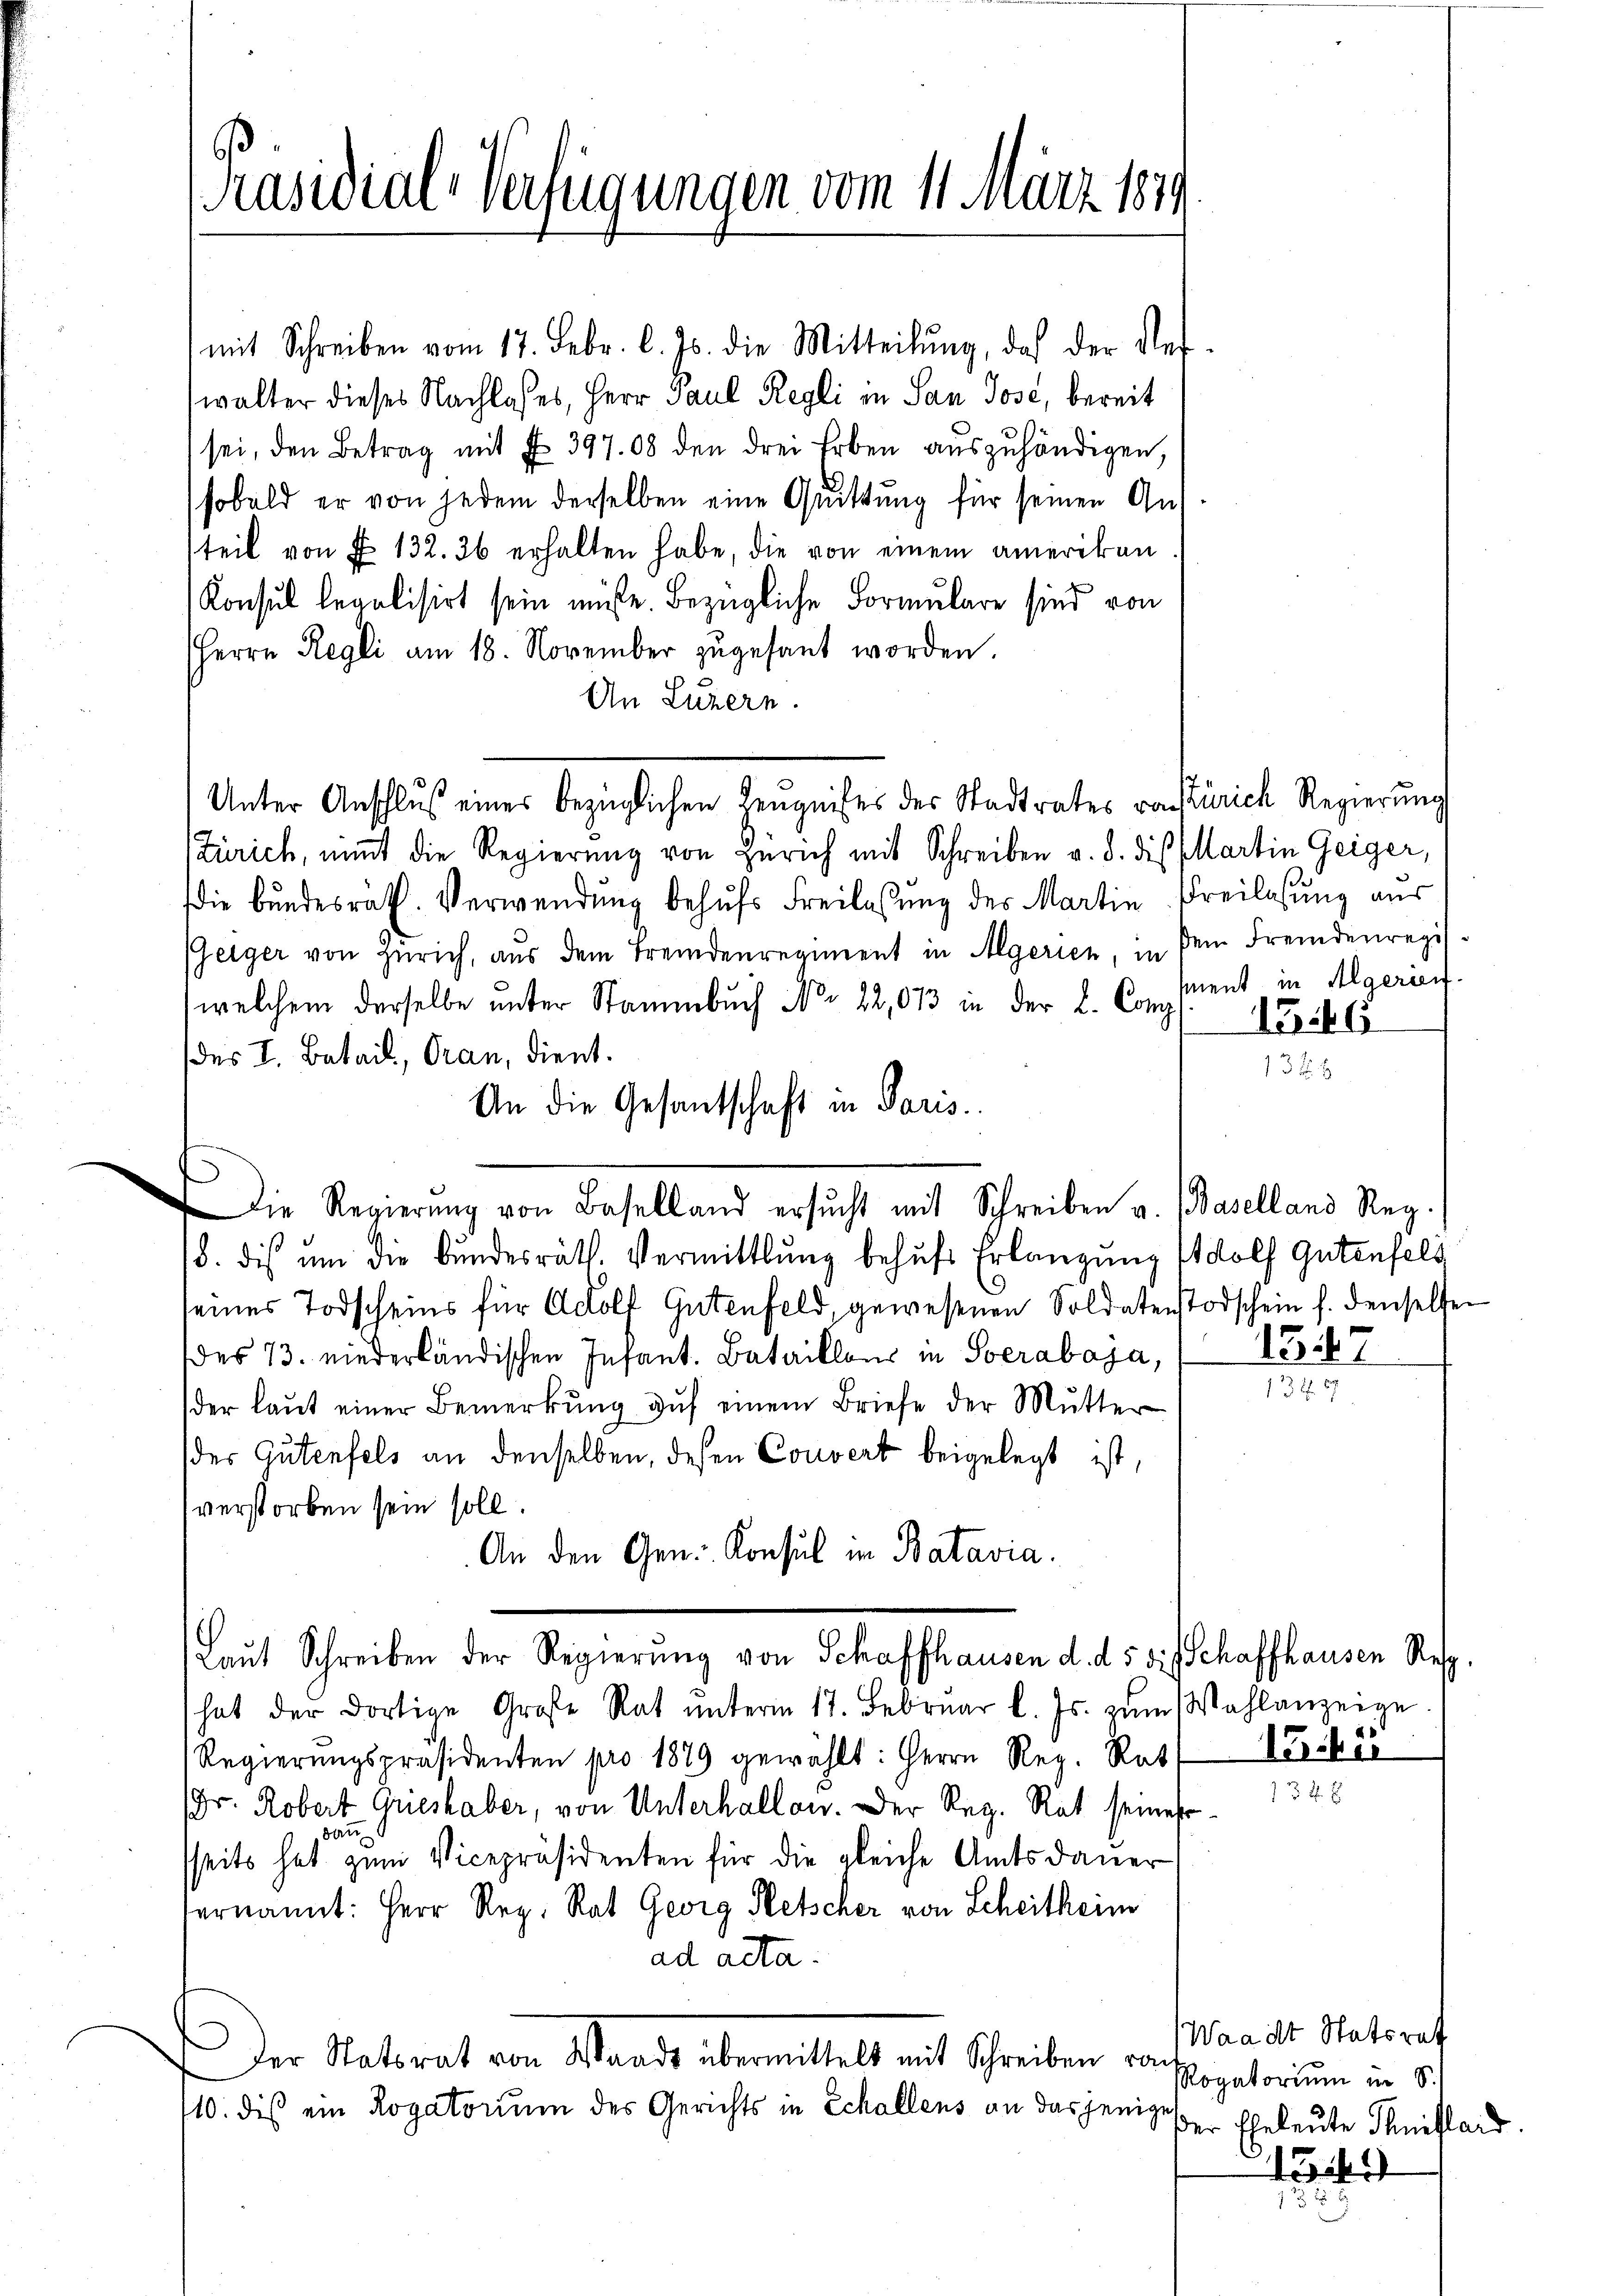
[Präsidial-Verfügungen vom 11. März 1879

mit Schreiben vom 17. Febr. l. Js. die Mitteilŭng, daß der Ver-
walter dieses Nachloses, Herr Paul Regli in San Jose, bereit
sei, den Betrag mit § 397.08 den drei Erben auszuhändigen,
sobald er von jedem derselben eine Quittung für seinen An-
teil von § 132. 36 erhalten habe, die von einem amerikan
Konsul legalisirt sein müsse. Bezügliche Formulare sind von
Herrn Regli am 18. November zŭgesant worden.
An Luzern.
Unter Anschlŭβ eines bezüglichen Zeŭgnises der Stadtrates vorstürich Regierŭng
Zürich, nimt die Regierung von Zürich mit Schreiben v. d. dis Martin Geiger,
die Bundesrath. Verwendung behufs Freilassung des Martin Freilasung aus
Geiger von Zürich, aŭs dem Fremdenregiment in Algerien, in dein Fremdenregi
welchem derselbe unter Stammbuch No. 22,013 in der L. Comp.
des I. Batail, Oran, dient.
An die Gesantschaft in Paris.
8. dis ŭm die Bŭndesräth. Vermittlung behŭfs Erlangung Adolf Gutenfels
seines Todscheins für Adolf Gutenfeld, gewesenen Soldatenstorschein s. denselben
des 13. niederländischen Infant. Bataillons in Socrabaja,
der laut einer Bemerkung auf einem Briefe der Mutter
des Gutenfels an denselben, deßen Couvert beigelegt ist,
verstorben sein soll.
An den Gen. Konsul in Batavia.
Laut Schreiben der Regierung von Schaffhausen d. d. 5 die Schaffhausen Res
hat der dortige Große Rat ŭnterm 17. Februar l. Js. zŭm Wahlanzeige
Regierŭngspräsidenten pro 1879 gewählt: Herrn Reg. Rat ke
(Dr. Robert Grieshaber, von Unterhallen. Der Reg. Rat seines
A
sseits hat zum Vicepräsidenten für die gleiche Amtsdauer
ernannt: Herr Reg. Rat Georg Retscher von Scheitheim
ad acta.
Der Ratsrat von Standt übermittelt mit Schreiben von
10. dis ein Rogatorium des Gerichts in Schallens an dasjenige

die Regierŭng von Baselland ersŭcht mit Schreiben a. (Baselland Reg.

ment in Algerien

1346
1328

1347

13

Waadt Statsrat
Rogatorium in S.
der Eheleute Ihniflaid
1344

1